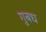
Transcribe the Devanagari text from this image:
गुबध